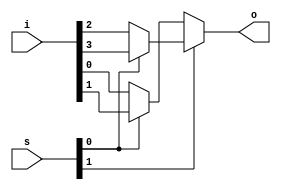
module mux4in8(input [3:0] i, input [1:0] s, output o);
    assign o = s[1] ? (s[0] ? i[3] : i[2]) : (s[0] ? i[1] : i[0]);
endmodule